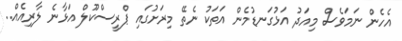
އެހެން ނަމަވެސް މިއަދު އަޅުގަނޑުމެން އަތަކު ނެތޭ މިރަށުގައި ޕްރީސްކޫލް އަޅާނެ ލާރިއެއް..